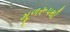
મૂળરૂપથી